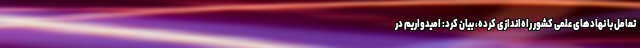
تعامل با نهادهای علمی کشور راه‌اندازی کرده‌، بیان کرد: امیدواریم در